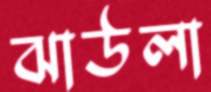
ঝাউলা